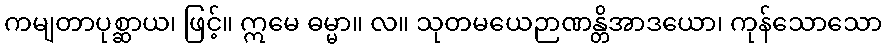
ကမျတာပုစ္ဆာယ၊ ဖြင့်။ ဣမေ ဓမ္မာ။ လ။ သုတမယေဉာဏန္တိအာဒယော၊ ကုန်သောသော